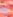
به